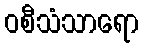
ဝစီသံသာရော